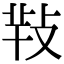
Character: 𢽁